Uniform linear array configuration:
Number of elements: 12
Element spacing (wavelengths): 0.5
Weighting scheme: hamming
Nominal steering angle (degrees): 15
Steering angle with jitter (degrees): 16.087
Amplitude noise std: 0.05
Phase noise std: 0.05

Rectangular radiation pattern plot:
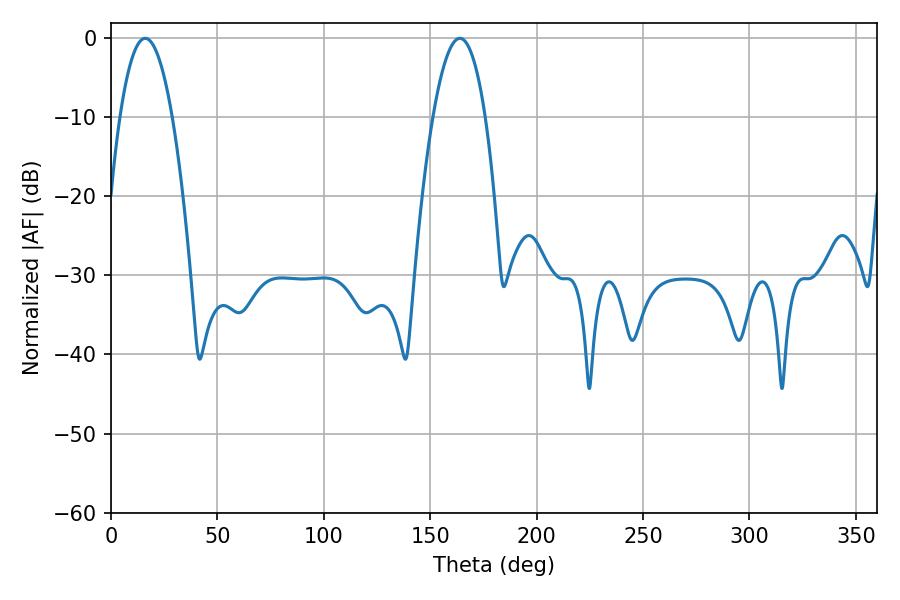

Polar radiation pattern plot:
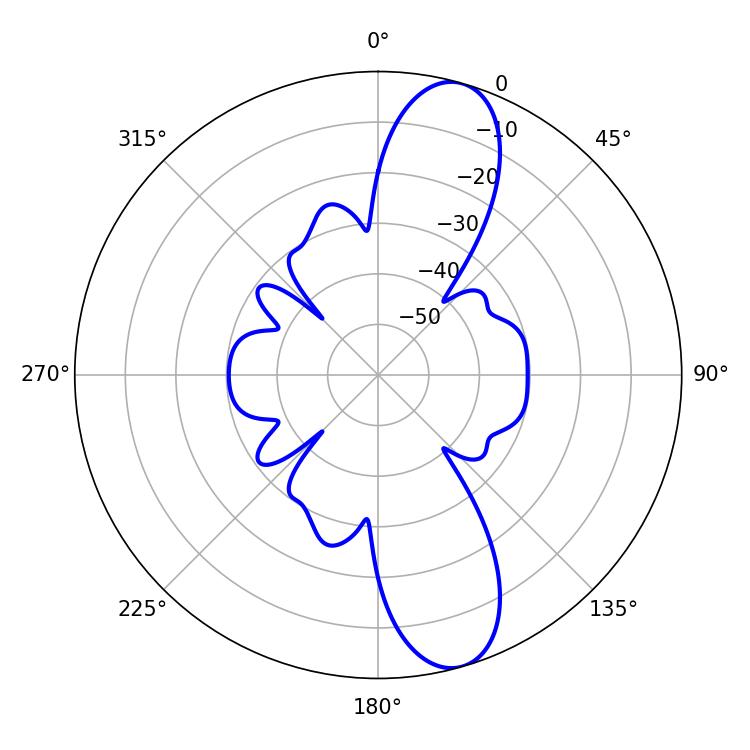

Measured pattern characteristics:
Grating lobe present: FALSE
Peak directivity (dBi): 11.517
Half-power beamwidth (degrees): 13.68
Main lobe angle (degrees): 16.02